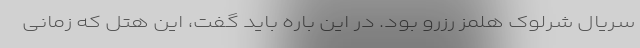
سریال شرلوک هلمز رزرو بود. در این باره باید گفت، این هتل که زمانی